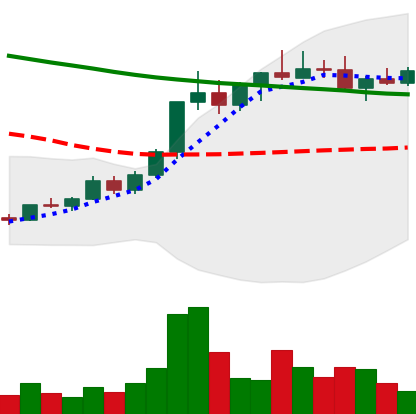
Ticker: ADA-USD
Chart end date: 2022-04-03
Forward return: -13.459%
Label: down_7plus